Civil Veterinary Department. Madras. Admin. report 1910-25 - 1910-1925
Year: 1910
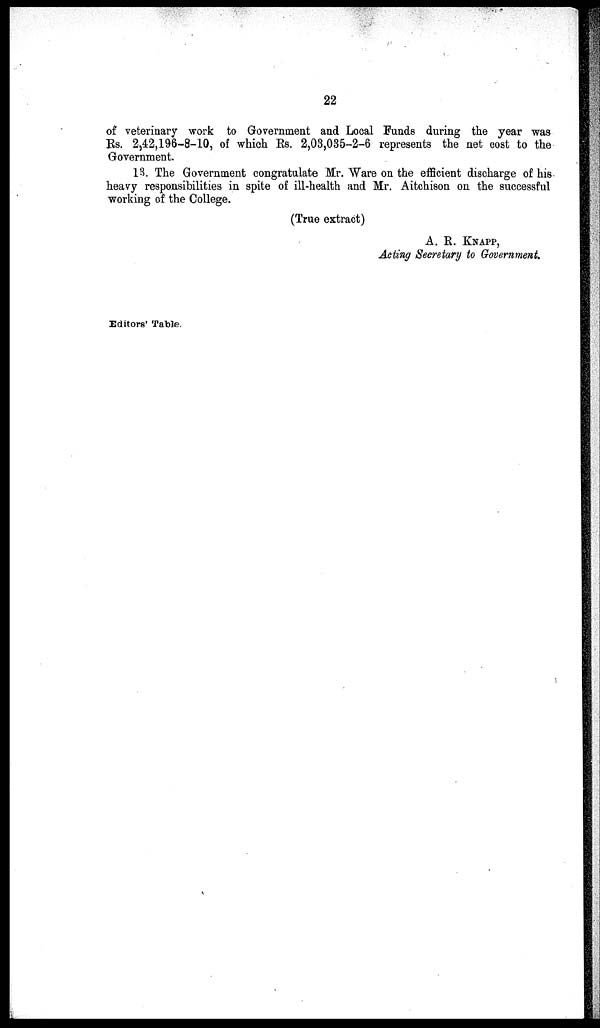
22
of veterinary work to Government and Local Funds during the year was
Rs. 2,42,196-8-10, of which Rs. 2,03,035-2-6 represents the net cost to the
Government.
13. The Government congratulate Mr. Ware on the efficient discharge of his
heavy responsibilities in spite of ill-health and Mr. Aitchison on the successful
working of the College.
(True extract)
A. R. KNAPP,
Acting Secretary to Government.
Editors' Table.